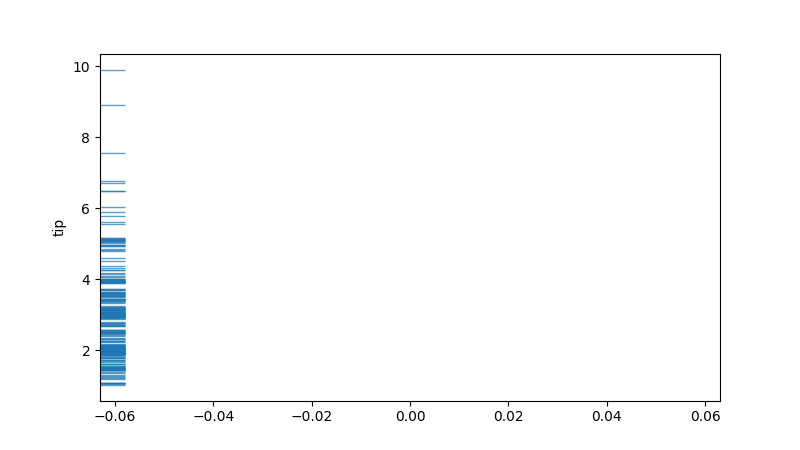
python, seaborn, rugplot, height=0.04, axis='y', alpha=0.7